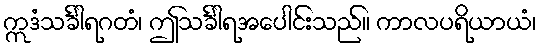
ဣဒံသင်္ခါရဂတံ၊ ဤသင်္ခါရအပေါင်းသည်။ ကာလပရိယာယံ၊